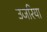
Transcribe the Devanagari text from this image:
उजरिया